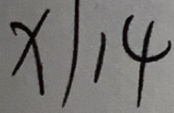
x \vert 1 4